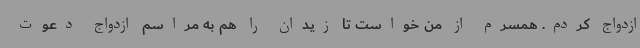
ازدواج کردم. همسرم از من خواست تا زیدان را هم به مراسم ازدواج دعوت